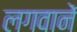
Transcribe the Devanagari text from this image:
लगवानें